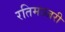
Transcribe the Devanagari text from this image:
रतिमञ्जरी